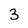
Character: 3